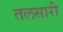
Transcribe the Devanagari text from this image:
तलसारी